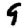
Digit: 9